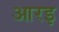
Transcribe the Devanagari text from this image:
आरइ